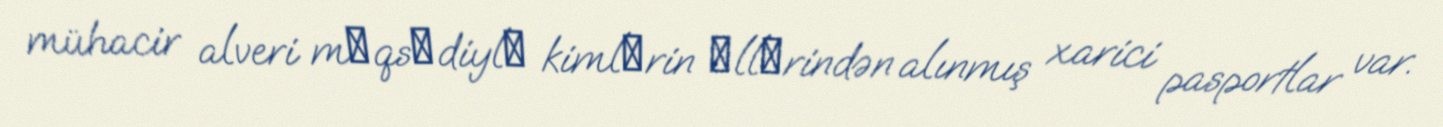
mühacir alveri mәqsәdiylә kimlәrin әllәrindən alınmış xarici pasportlar var.